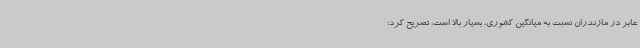
عابر در مازندران نسبت به میانگین کشوری، بسیار بالا است، تصریح کرد: